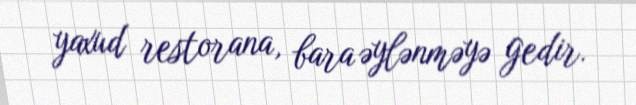
yaxud restorana, bara əylənməyə gedir.